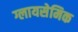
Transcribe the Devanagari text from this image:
ग्लायसेमिक